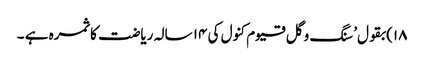
۱۸)بقول’ سنگ و گل قیوم کنول کی ۱۴ سالہ ریاضت کا ثمرہ ہے ۔